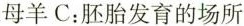
母羊C：胚胎发育的场所